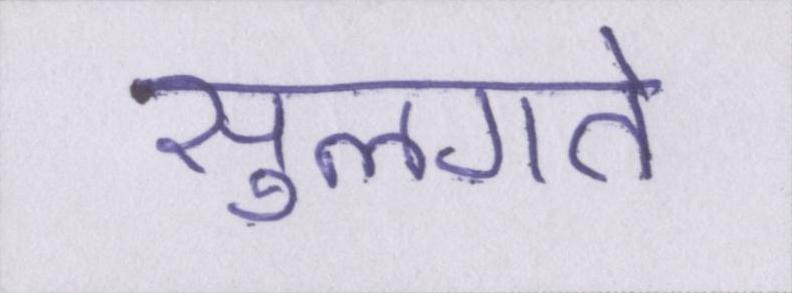
सुलगते